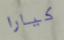
كيارا